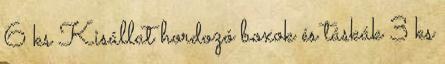
6 ks Kisállat hordozó boxok és táskák 3 ks